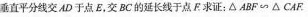
垂直平分线交AD于点E，交BC的延长线于点F求证：△ABF\sim△CAF